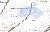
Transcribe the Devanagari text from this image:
शाईश्ता